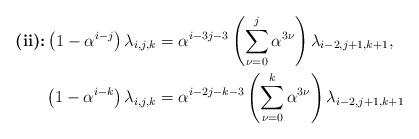
LaTeX: \begin{align*}\textbf{(ii):}\displaystyle\left( 1 - \alpha^{i-j}\right) \lambda_{i,j,k} &= \alpha^{i-3j-3}\left( \sum_{\nu=0}^{j} \alpha^{3\nu} \right) \lambda_{i-2,j+1,k+1}, \\\displaystyle\left( 1 - \alpha^{i-k}\right) \lambda_{i,j,k} &= \alpha^{i-2j-k-3}\left( \sum_{\nu=0}^{k} \alpha^{3\nu} \right) \lambda_{i-2,j+1,k+1} \end{align*}